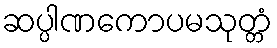
ဆပ္ပါဏကောပမသုတ္တံ